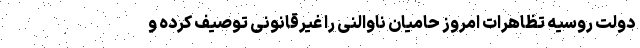
دولت روسیه تظاهرات امروز حامیان ناوالنی را غیرقانونی توصیف کرده و